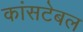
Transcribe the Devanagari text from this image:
कांसटेबल